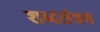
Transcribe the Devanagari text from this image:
शब्दसंचय